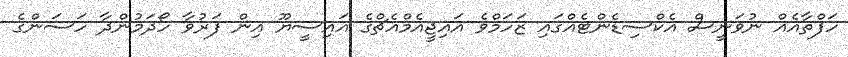
ހަފްތާއެއް ނުވަނީސް އެކްސިޑެންޓެއްގައި ޒަހަމްވެ އައިޖީއެމްއެޗްގެ އައިސީޔޫ އިން ފަރުވާ ހޯދަމުންދާ ހަސަންގެ